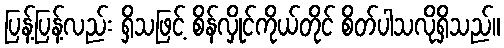
ပြန့်ပြန့်လည်း ရှိသဖြင့် စိန်လှိုင်ကိုယ်တိုင် စိတ်ပါသလိုရှိသည်။